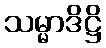
သမ္မာဒိဋ္ဌိ